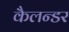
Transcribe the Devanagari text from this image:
कैलन्डर